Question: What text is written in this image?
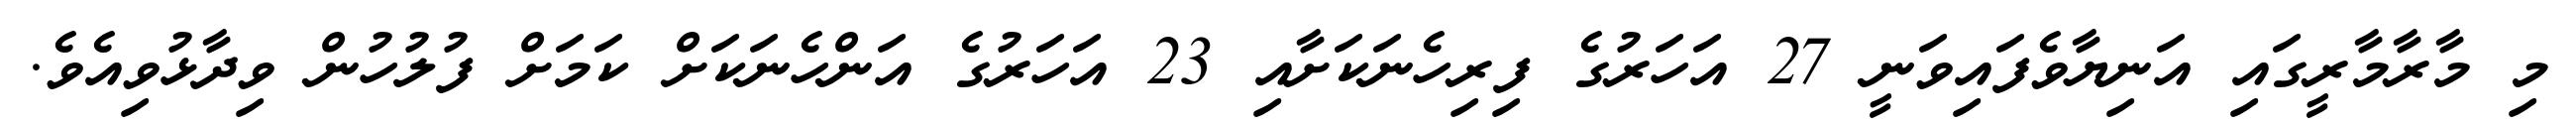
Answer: މި މާރާމާރީގައި އަނިޔާވެފައިވަނީ 27 އަހަރުގެ ފިރިހެނަކަށާއި 23 އަހަރުގެ އަންހެނަކަށް ކަމަށް ފުލުހުން ވިދާޅުވިއެވެ.